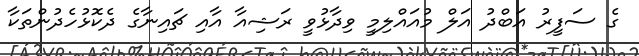
ގެ ސަފީރު އަބްދު އަލް މުއައްލިމީ ވިދާޅުވީ ރަޝިއާ އާއި ޗައިނާގެ ދެކޮޅުހެދުންތަކާ